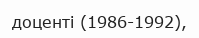
доценті (1986-1992),